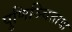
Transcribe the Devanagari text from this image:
पुणिञ्चित्ताया